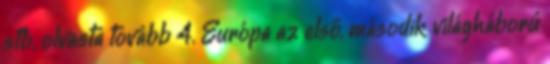
stb. olvasta tovább 4. Európa az első, második világháború